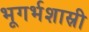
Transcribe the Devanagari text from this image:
भूगर्भशास्री